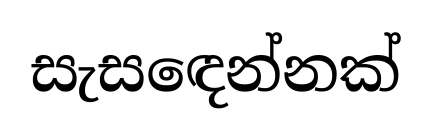
සැසඳෙන්නක්